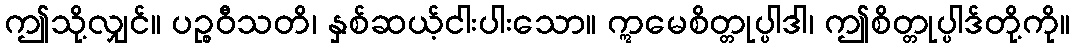
ဤသို့လျှင်။ ပဉ္စဝီသတိ၊ နှစ်ဆယ့်ငါးပါးသော။ ဣမေစိတ္တုပ္ပါဒါ၊ ဤစိတ္တုပ္ပါဒ်တို့ကို။